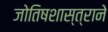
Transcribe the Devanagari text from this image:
जोतिषशास्त्राने